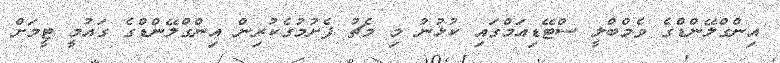
އިންގްލޭންޑްގެ ވެމްބްލީ ސްޓޭޑިއަމްގައި ކުޅުނު މި މެޗު ފެށުމުގެކުރިން އިންގްލޭންޑްގެ ގައުމީ ޓީމަށް